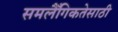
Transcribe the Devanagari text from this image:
समलैँगिकतेसाठी